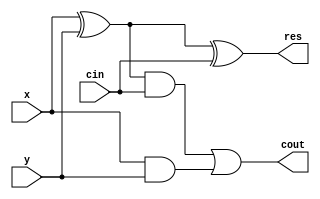
module adder_gate(input x, input y, input cin, output res, output cout);

  wire p, s, r;

  xor(p, x, y);
  and(s, x, y);
  and(r, p, cin);
  or(cout, r, s);
  xor(res, p, cin);

endmodule